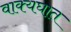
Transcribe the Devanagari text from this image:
वाक्यघात